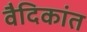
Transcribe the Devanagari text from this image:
वैदिकांत